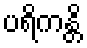
ပရိကန္တိ